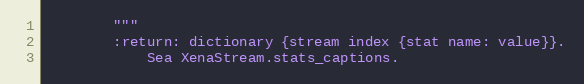
Language: Python
        """
        :return: dictionary {stream index {stat name: value}}.
            Sea XenaStream.stats_captions.